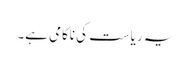
یہ ریاست کی ناکامی ہے۔